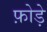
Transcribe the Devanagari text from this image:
फ़ोड़े